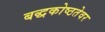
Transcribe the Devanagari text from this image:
बद्धकोष्ठतेवर